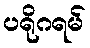
ပရိုဂရမ်